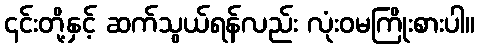
၎င်းတို့နှင့် ဆက်သွယ်ရန်လည်း လုံးဝမကြိုးစားပါ။